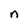
Character: n